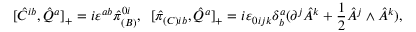
[ \hat { C } ^ { i b } , \hat { Q } ^ { a } ] _ { + } = i \varepsilon ^ { a b } \hat { \pi } _ { ( B ) } ^ { 0 i } , \; \; [ \hat { \pi } _ { ( C ) i b } , \hat { Q } ^ { a } ] _ { + } = i \varepsilon _ { 0 i j k } \delta _ { b } ^ { a } ( \partial ^ { j } \hat { A } ^ { k } + \frac { 1 } { 2 } \hat { A } ^ { j } \wedge \hat { A } ^ { k } ) ,